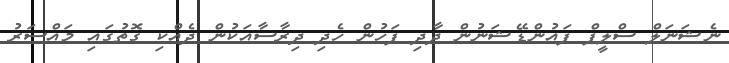
ނެޝަނަލް ސްލީޕް ފައުންޑޭޝަނުން ދާދި ފަހުން ހެދި ދިރާސާއަކުން ދެއްކި ގޮތުގައި މައްސަރު